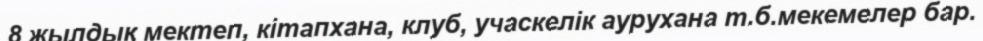
8 жылдық мектеп, кітапхана, клуб, учаскелік аурухана т.б.мекемелер бар.